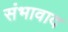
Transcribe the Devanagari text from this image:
संभावाद